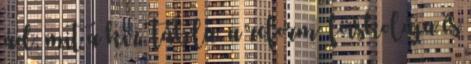
ád; mit a kir. tábla, a reform. főiskolája és